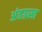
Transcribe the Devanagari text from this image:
अंतग्रस्त